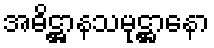
အဓိဋ္ဌာနသမုဋ္ဌာနော